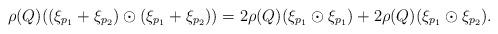
LaTeX: \begin{align*}\rho(Q)((\xi _{p_1} + \xi _{p_2}) \odot (\xi _{p_1} + \xi _{p_2})) = 2\rho(Q)(\xi _{p_1} \odot \xi _{p_1}) + 2 \rho(Q)(\xi _{p_1} \odot \xi _{p_2}).\end{align*}